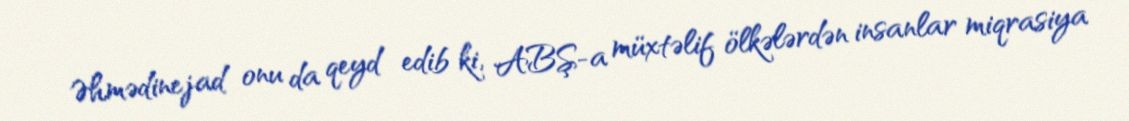
Əhmədinejad onu da qeyd edib ki, ABŞ-a müxtəlif ölkələrdən insanlar miqrasiya